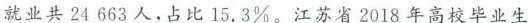
就业共24663人，占比15.3\%。江苏省2018年高校毕业生